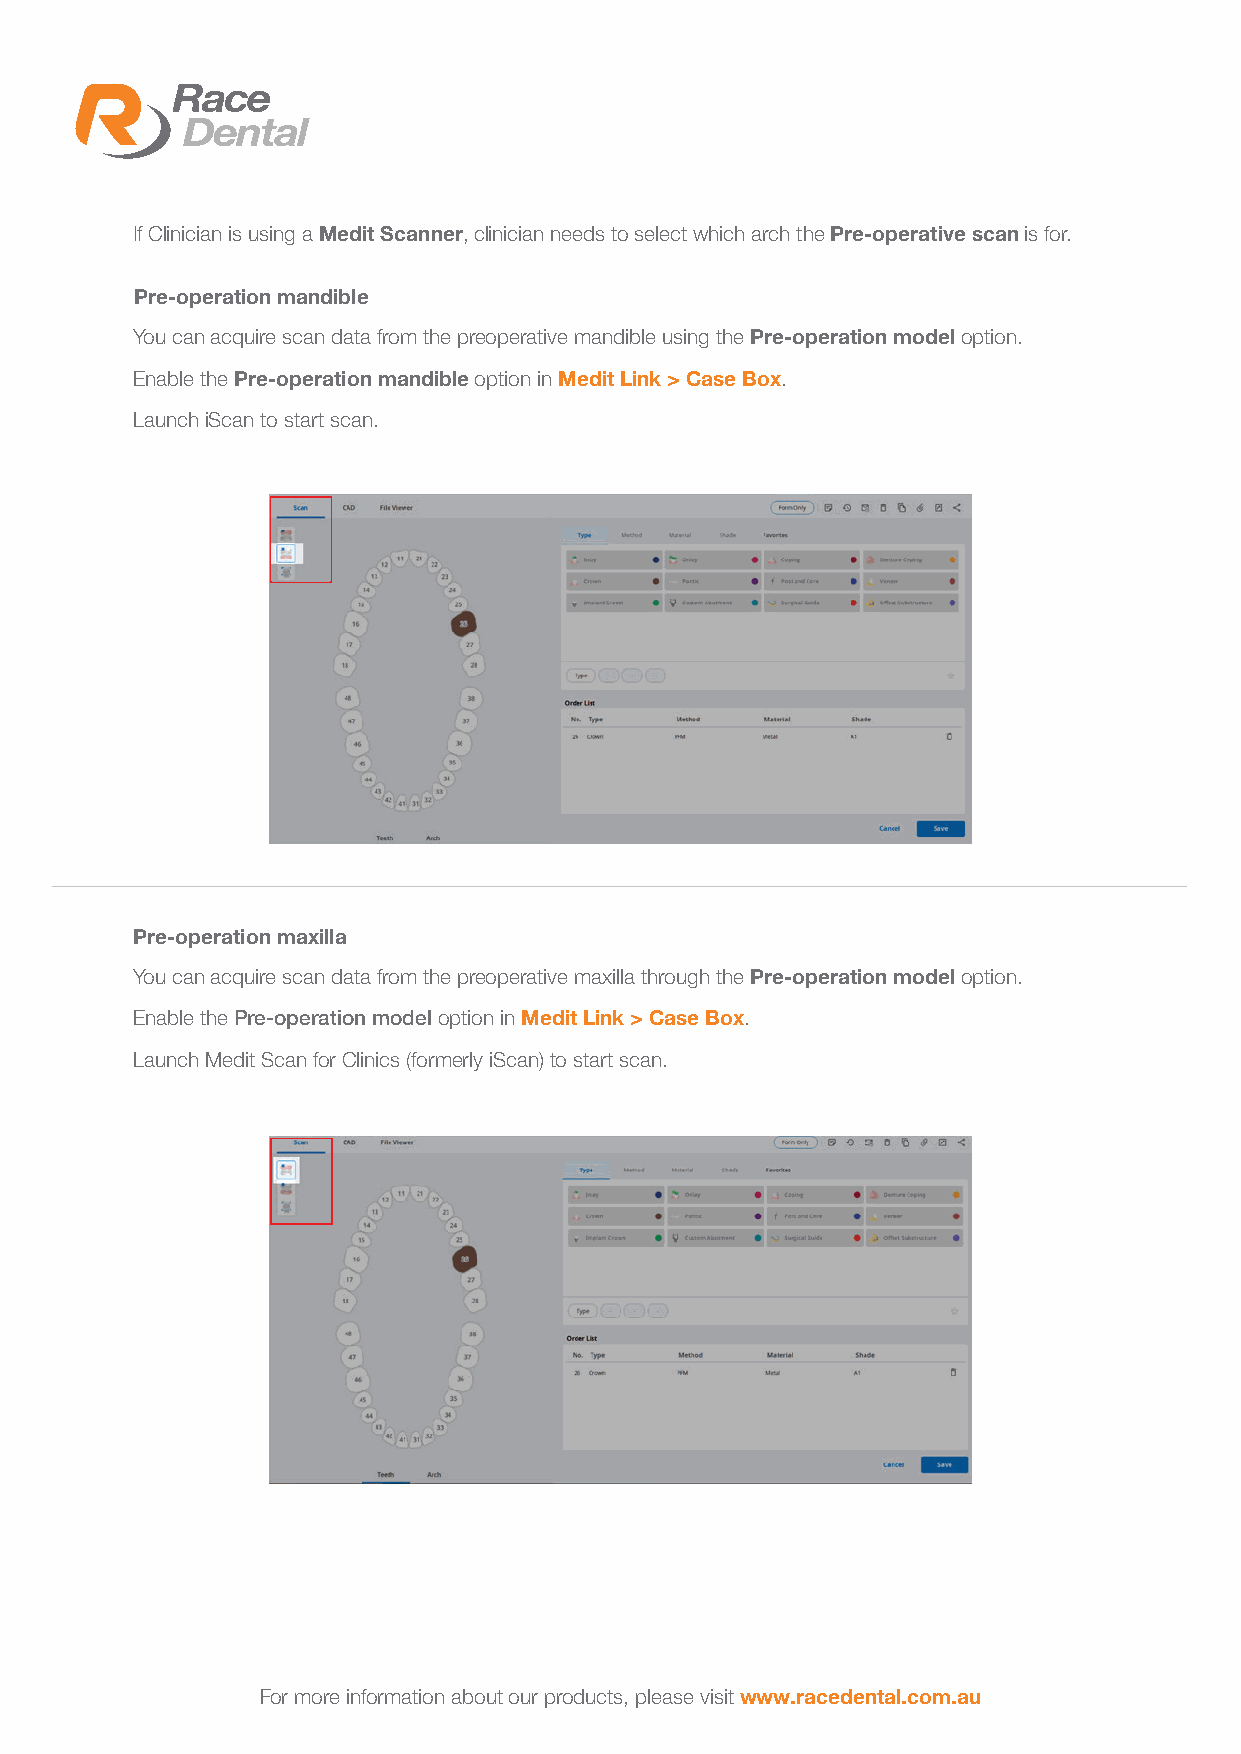
If Clinician is using a Medit Scanner, clinician needs to select which arch the Pre-operative scan is for.
 Pre-operation mandible
 You can acquire scan data from the preoperative mandible using the Pre-operation model option.
 Enable the Pre-operation mandible option in Medit Link > Case Box.
 Launch iScan to start scan.
 Pre-operation maxilla
 You can acquire scan data from the preoperative maxilla through the Pre-operation model option.
 Enable the Pre-operation model option in Medit Link > Case Box.
 Launch Medit Scan for Clinics (formerly iScan) to start scan.
 For more information about our products, please visit www.racedental.com.au